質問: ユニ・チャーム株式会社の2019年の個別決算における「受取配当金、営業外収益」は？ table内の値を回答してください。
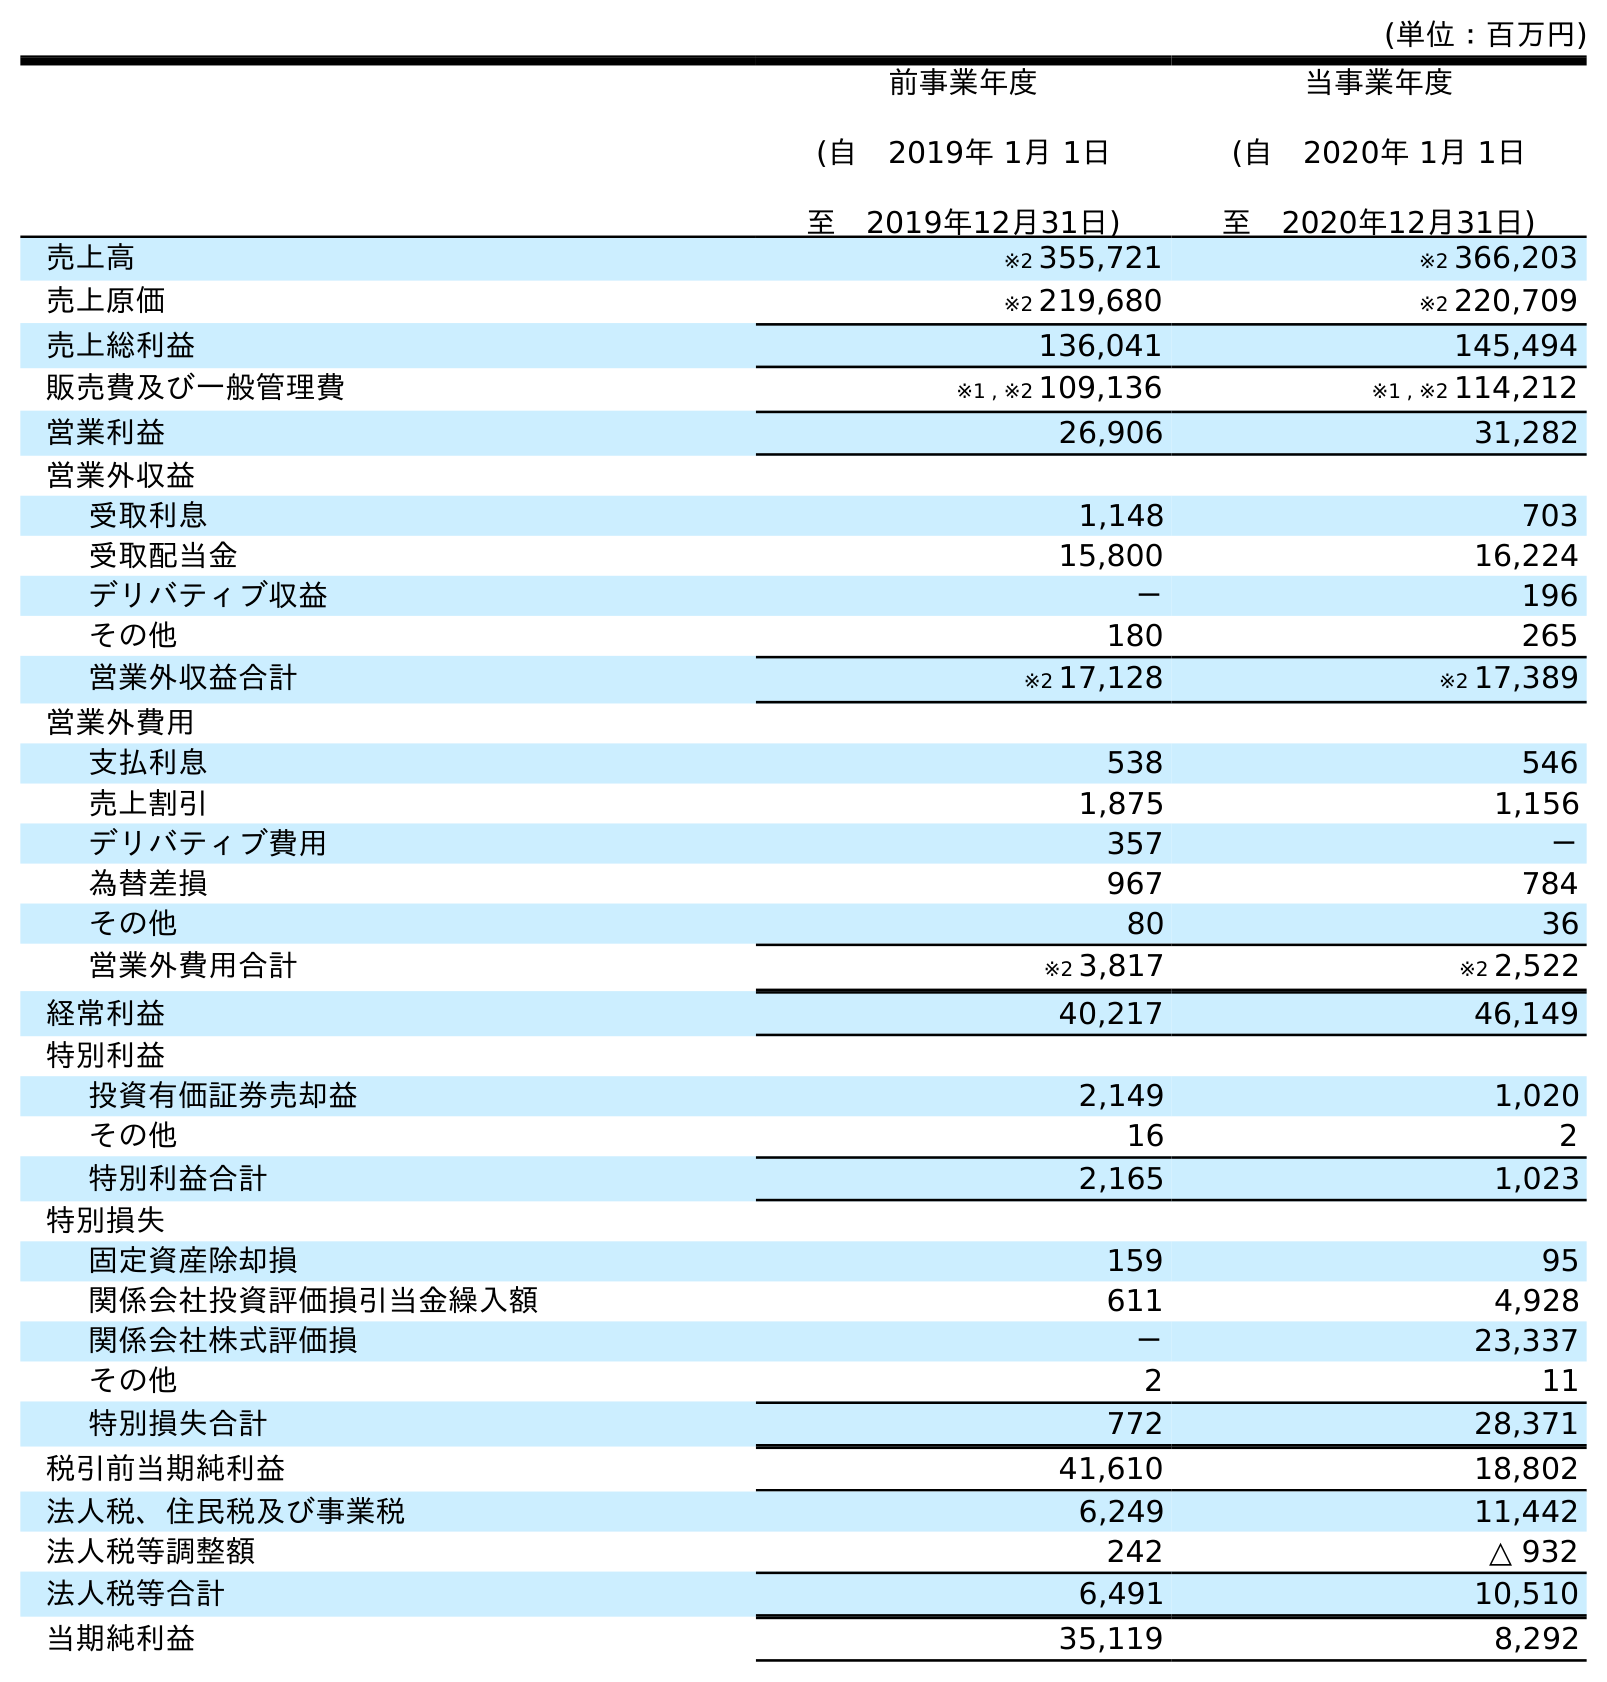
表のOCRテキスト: (単位：百万円) 前事業年度 (自 2019年 1月 1日 至 2019年12月31日) 当事業年度 (自 2020年 1月 1日 至 2020年12月31日) 売上高 ※2 355,721 ※2 366,203 売上原価 ※2 219,680 ※2 220,709 売上総利益 136,041 145,494 販売費及び一般管理費 ※1 , ※2 109,136 ※1 , ※2 114,212 営業利益 26,906 31,282 営業外収益 受取利息 1,148 703 受取配当金 15,800 16,224 デリバティブ収益 － 196 その他 180 265 営業外収益合計 ※2 17,128 ※2 17,389 営業外費用 支払利息 538 546 売上割引 1,875 1,156 デリバティブ費用 357 － 為替差損 967 784 その他 80 36 営業外費用合計 ※2 3,817 ※2 2,522 経常利益 40,217 46,149 特別利益 投資有価証券売却益 2,149 1,020 その他 16 2 特別利益合計 2,165 1,023 特別損失 固定資産除却損 159 95 関係会社投資評価損引当金繰入額 611 4,928 関係会社株式評価損 － 23,337 その他 2 11 特別損失合計 772 28,371 税引前当期純利益 41,610 18,802 法人税、住民税及び事業税 6,249 11,442 法人税等調整額 242 △ 932 法人税等合計 6,491 10,510 当期純利益 35,119 8,292
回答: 15,800